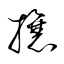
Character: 攘